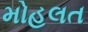
મોહલત